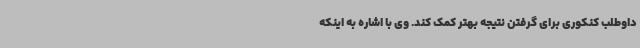
داوطلب کنکوری برای گرفتن نتیجه بهتر کمک کند. وی با اشاره به اینکه